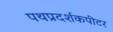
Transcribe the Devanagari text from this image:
पथप्रदर्शकपीटर